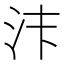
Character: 𱥴